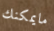
مايمكنك